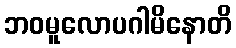
ဘဝမူလောပဂါမိနောတိ